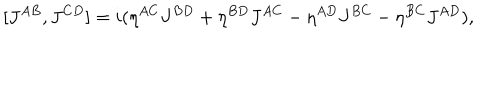
[ J ^ { A B } , J ^ { C D } ] = i ( \eta ^ { A C } J ^ { B D } + \eta ^ { B D } J ^ { A C } - \eta ^ { A D } J ^ { B C } - \eta ^ { B C } J ^ { A D } ) ,